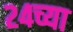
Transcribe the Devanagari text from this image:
२४च्या